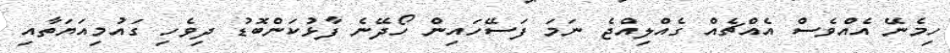
ހިމެނޭ އެއްވެސް އެއްޗެއް ގެއްލިއްޖެ ނަމަ ފަސޭހައިން ހޯދޭނެ ފާޅުކަންބޮޑު ދިވެހި ގައުމިއަޔަތާއި